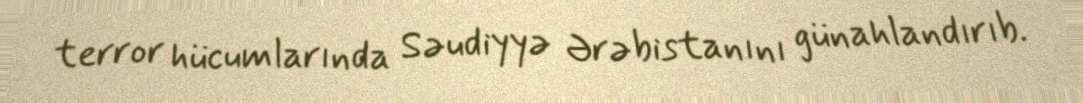
terror hücumlarında Səudiyyə Ərəbistanını günahlandırıb.